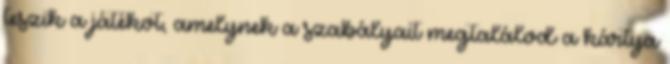
teszik a játékot, amelynek a szabályait megtalálod a kártya